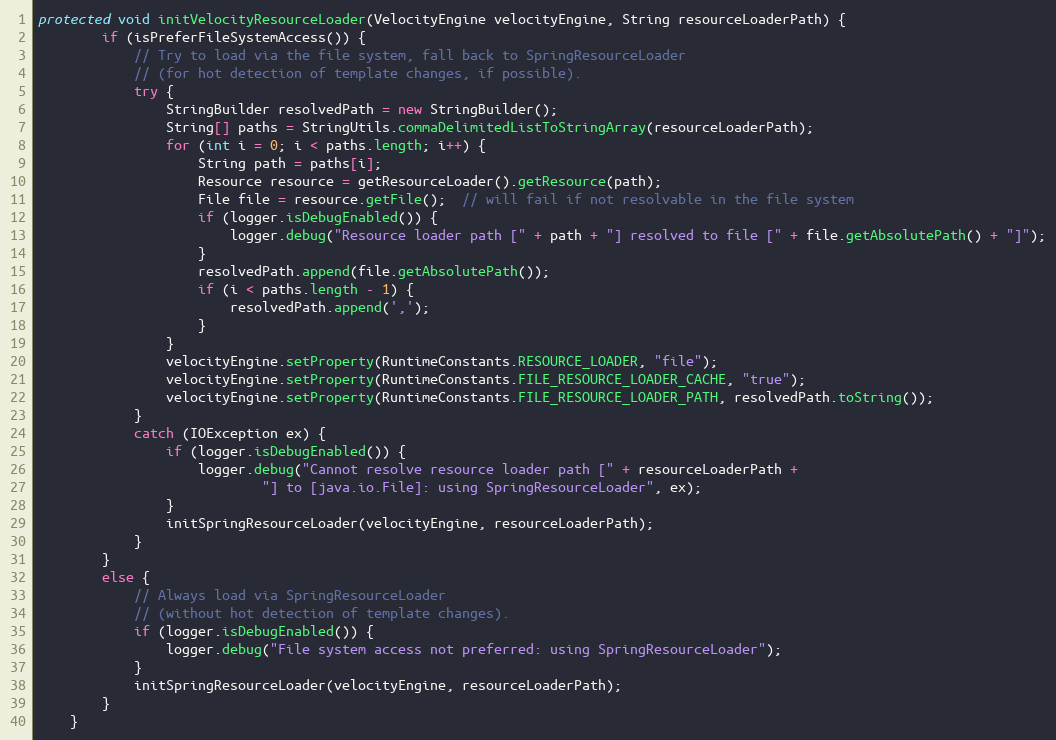
Language: Java
protected void initVelocityResourceLoader(VelocityEngine velocityEngine, String resourceLoaderPath) {
		if (isPreferFileSystemAccess()) {
			// Try to load via the file system, fall back to SpringResourceLoader
			// (for hot detection of template changes, if possible).
			try {
				StringBuilder resolvedPath = new StringBuilder();
				String[] paths = StringUtils.commaDelimitedListToStringArray(resourceLoaderPath);
				for (int i = 0; i < paths.length; i++) {
					String path = paths[i];
					Resource resource = getResourceLoader().getResource(path);
					File file = resource.getFile();  // will fail if not resolvable in the file system
					if (logger.isDebugEnabled()) {
						logger.debug("Resource loader path [" + path + "] resolved to file [" + file.getAbsolutePath() + "]");
					}
					resolvedPath.append(file.getAbsolutePath());
					if (i < paths.length - 1) {
						resolvedPath.append(',');
					}
				}
				velocityEngine.setProperty(RuntimeConstants.RESOURCE_LOADER, "file");
				velocityEngine.setProperty(RuntimeConstants.FILE_RESOURCE_LOADER_CACHE, "true");
				velocityEngine.setProperty(RuntimeConstants.FILE_RESOURCE_LOADER_PATH, resolvedPath.toString());
			}
			catch (IOException ex) {
				if (logger.isDebugEnabled()) {
					logger.debug("Cannot resolve resource loader path [" + resourceLoaderPath +
							"] to [java.io.File]: using SpringResourceLoader", ex);
				}
				initSpringResourceLoader(velocityEngine, resourceLoaderPath);
			}
		}
		else {
			// Always load via SpringResourceLoader
			// (without hot detection of template changes).
			if (logger.isDebugEnabled()) {
				logger.debug("File system access not preferred: using SpringResourceLoader");
			}
			initSpringResourceLoader(velocityEngine, resourceLoaderPath);
		}
	}